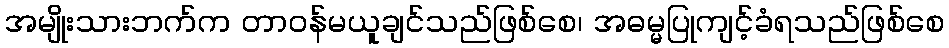
အမျိုးသားဘက်က တာဝန်မယူချင်သည်ဖြစ်စေ၊ အဓမ္မပြုကျင့်ခံရသည်ဖြစ်စေ